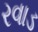
રવાડ